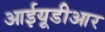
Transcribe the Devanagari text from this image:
आईयूडीआर